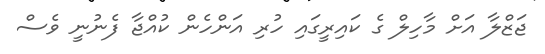
ޖަޒްލާ އަށް މާހިލް ގެ ކައިރީގައި ހުރި އަންހެން ކުއްޖާ ފެނުނީ ވެސް